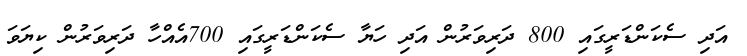
އަދި ސެކަންޑަރީގައި 800 ދަރިވަރުން އަދި ހަޔާ ސެކަންޑަރީގައި 700އެއްހާ ދަރިވަރުން ކިޔަވަ